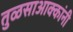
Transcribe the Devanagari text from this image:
तुळसाआक्कांनी